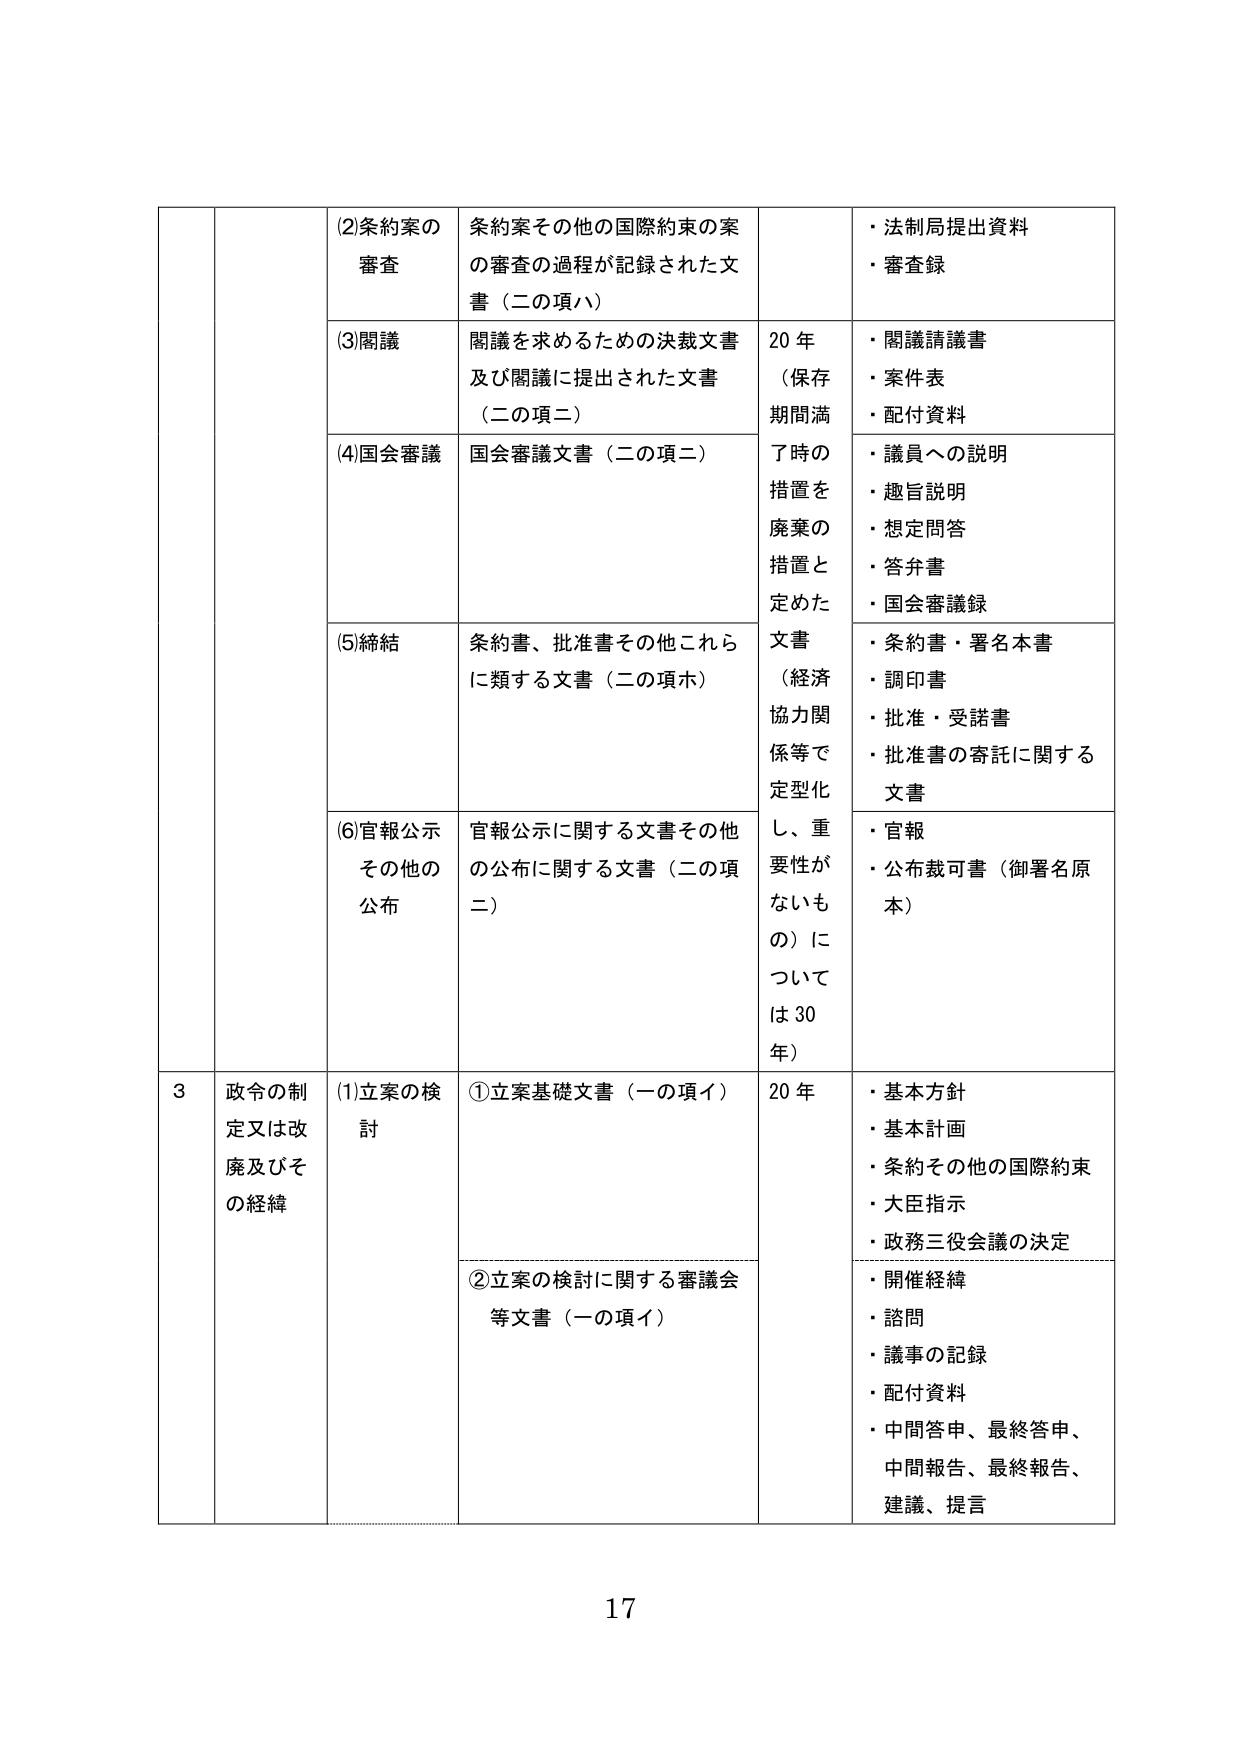
(2)条約案の
審査
条約案その他の国際約束の案
の審査の過程が記録された文
書（二の項ハ）
・法制局提出資料
・審査録

(3)閣議
閣議を求めるための決裁文書
及び閣議に提出された文書
（二の項二）
20年
（保存
期間満
了時の
措置を
廃棄の
措置と
定めた
文書
（経済
協力関
係等で
定型化
し、重
要性が
ないも
の）に
ついて
は30
年）
・閣議請議書
・案件表
・配付資料

(4)国会審議
国会審議文書（二の項二）
・議員への説明
・趣旨説明
・想定問答
・答弁書
・国会審議録

(5)締結
条約書、批准書その他これら
に類する文書（二の項ホ）
・条約書・署名本書
・調印書
・批准・受諾書
・批准書の寄託に関する
文書

(6)官報公示
その他の
公布
官報公示に関する文書その他
の公布に関する文書（二の項
二）
・官報
・公布裁可書（御署名原
本）

3
政令の制
定又は改
廃及びそ
の経緯
(1)立案の検
討
①立案基礎文書（一の項イ）
20年
・基本方針
・基本計画
・条約その他の国際約束
・大臣指示
・政務三役会議の決定

②立案の検討に関する審議会
等文書（一の項イ）
・開催経緯
・諮問
・議事の記録
・配付資料
・中間答申、最終答申、
中間報告、最終報告、
建議、提言

17